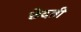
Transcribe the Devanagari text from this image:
छेदती